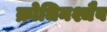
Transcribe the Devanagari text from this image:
क्रोधिनश्चैव